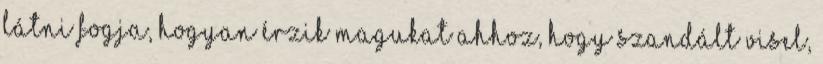
látni fogja, hogyan érzik magukat ahhoz, hogy szandált visel,